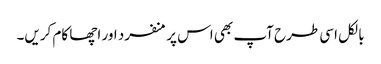
بالکل اسی طرح آپ بھی اس پر منفرد اور اچھا کام کریں۔